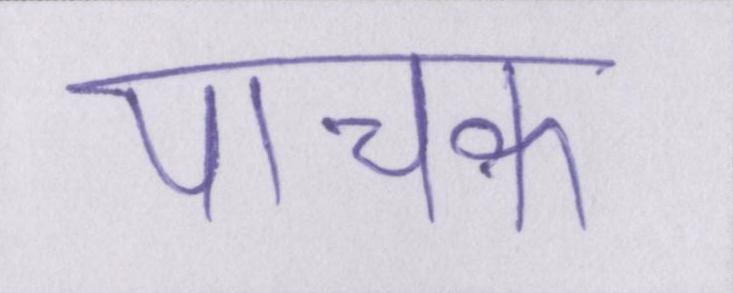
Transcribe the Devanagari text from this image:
पाचक